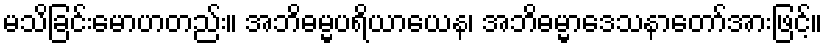
မသိခြင်းမောဟတည်း။ အဘိဓမ္မပရိယာယေန၊ အဘိဓမ္မာဒေသနာတော်အားဖြင့်။